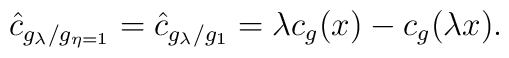
\hat{c}_{g_\lambda/g_{\eta=1}}=\hat{c}_{g_\lambda/g_1}=\lambda c_g(x)-c_g(\lambda x).